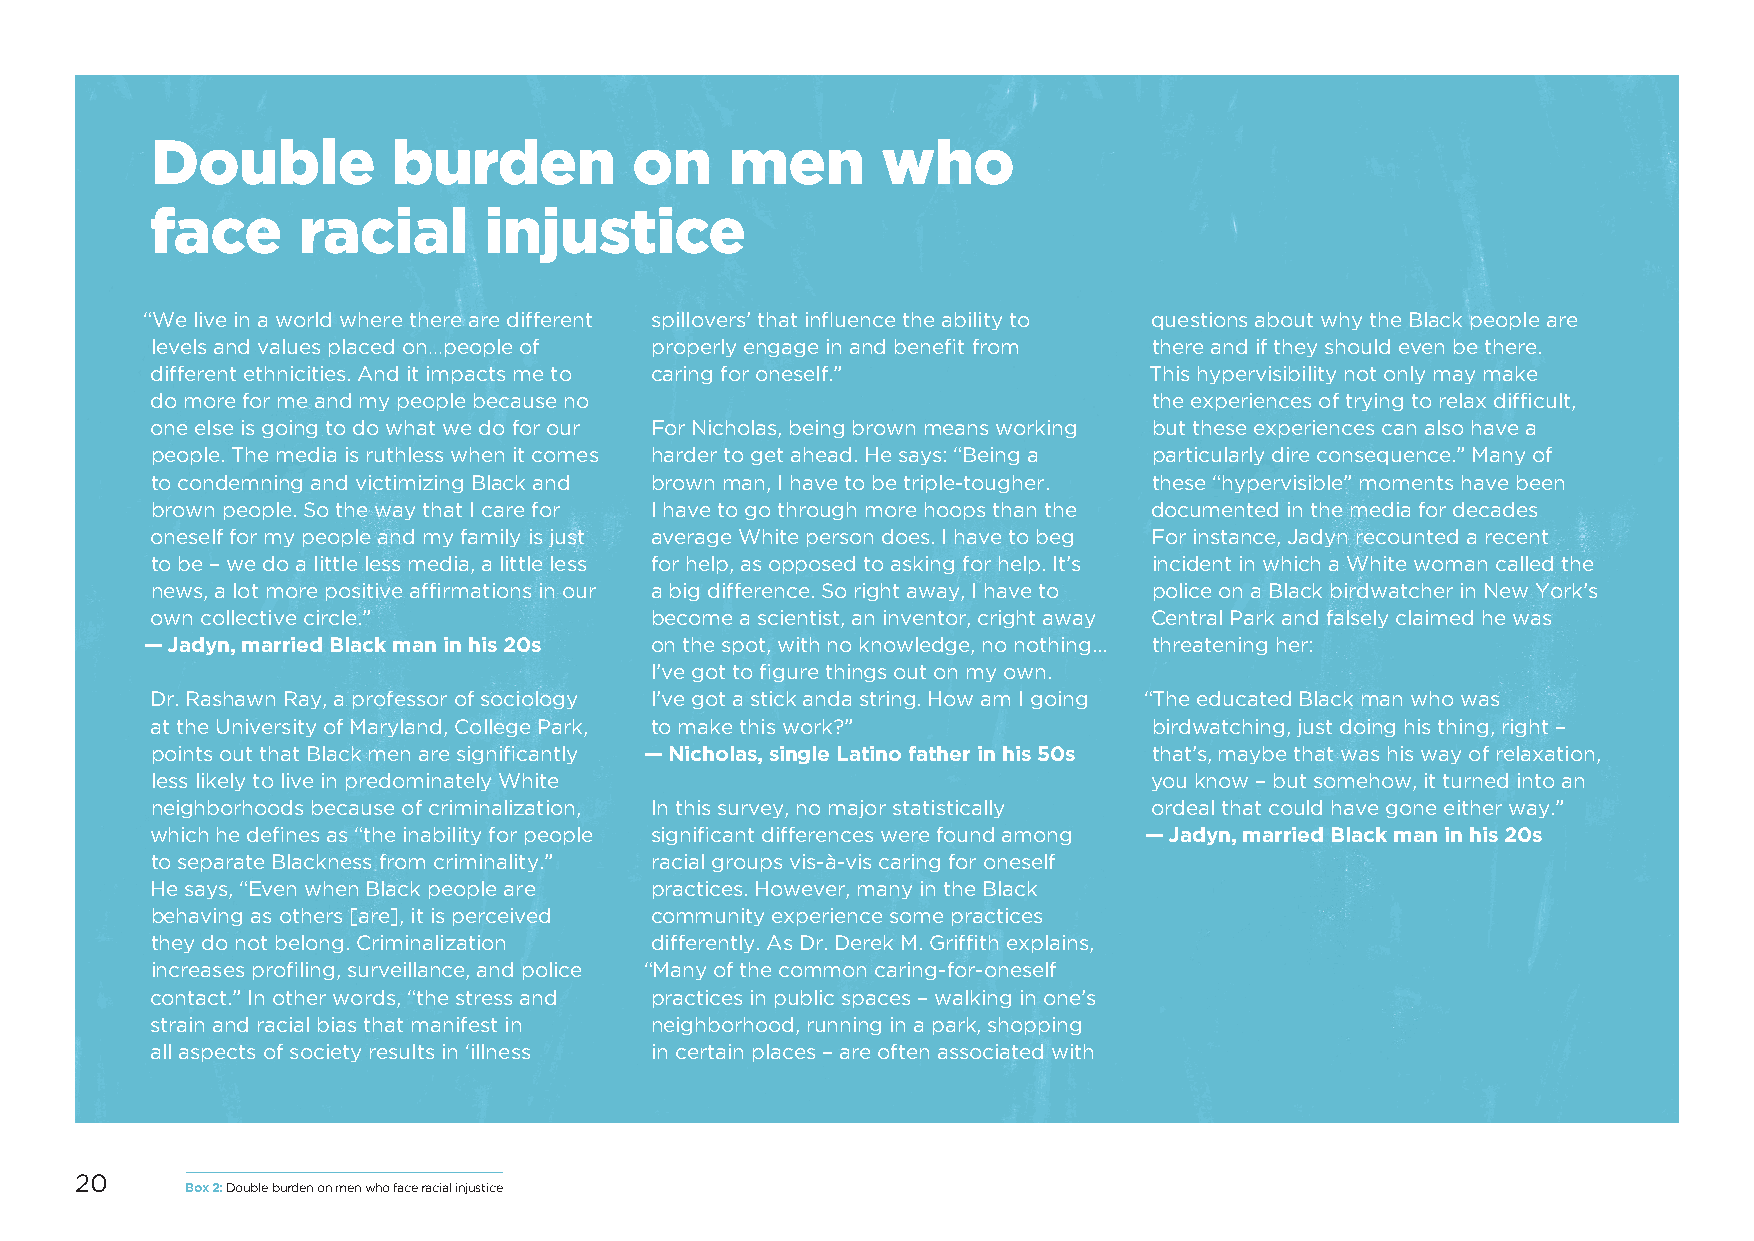
Double          burden          on    men       who
 face      racial      injustice
 “We live in a world where there are different spillovers’ that influence the ability to questions about why the Black people are
 levels and values placed on…people of properly engage in and benefit from there and if they should even be there.
 different ethnicities. And it impacts me to caring for oneself.”  This hypervisibility not only may make
 do more for me and my people because no                           the experiences of trying to relax difficult,
 one else is going to do what we do for our For Nicholas, being brown means working but these experiences can also have a
 people. The media is ruthless when it comes harder to get ahead. He says: “Being a particularly dire consequence.” Many of
 to condemning and victimizing Black and brown man, I have to be triple-tougher. these “hypervisible” moments have been
 brown people. So the way that I care for I have to go through more hoops than the documented in the media for decades
 oneself for my people and my family is just average White person does. I have to beg For instance, Jadyn recounted a recent
 to be – we do a little less media, a little less for help, as opposed to asking for help. It’s incident in which a White woman called the
 news, a lot more positive affirmations in our a big difference. So right away, I have to police on a Black birdwatcher in New York’s
 own collective circle.”          become a scientist, an inventor, cright away Central Park and falsely claimed he was
 — Jadyn, married Black man in his 20s on the spot, with no knowledge, no nothing... threatening her:
 I’ve got to figure things out on my own.
 Dr. Rashawn Ray, a professor of sociology I’ve got a stick anda string. How am I going “The educated Black man who was
 at the University of Maryland, College Park, to make this work?”  birdwatching, just doing his thing, right –
 points out that Black men are significantly — Nicholas, single Latino father in his 50s that’s, maybe that was his way of relaxation,
 less likely to live in predominately White                        you know – but somehow, it turned into an
 neighborhoods because of criminalization, In this survey, no major statistically ordeal that could have gone either way.”
 which he defines as “the inability for people significant differences were found among — Jadyn, married Black man in his 20s
 to separate Blackness from criminality.” racial groups vis-à-vis caring for oneself
 He says, “Even when Black people are practices. However, many in the Black
 behaving as others [are], it is perceived community experience some practices
 they do not belong. Criminalization differently. As Dr. Derek M. Griffith explains,
 increases profiling, surveillance, and police “Many of the common caring-for-oneself
 contact.” In other words, “the stress and practices in public spaces – walking in one’s
 strain and racial bias that manifest in neighborhood, running in a park, shopping
 all aspects of society results in ‘illness in certain places – are often associated with
 20
 Box 2: Double burden on men who face racial injustice